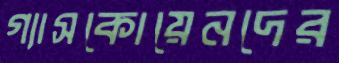
গ্যাসকোয়েনদের